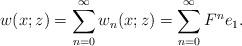
LaTeX: \begin{align*}&w(x;z)= \sum_{n=0}^\infty w_n(x;z)=\sum_{n=0}^\infty F^ne_1.\end{align*}